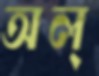
অল্